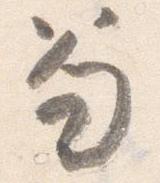
笏